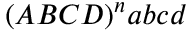
( A B C D ) ^ { n } a b c d